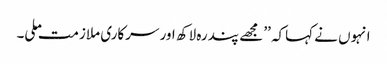
انہوں نے کہاکہ ’’ مجھے پندرہ لاکھ اور سرکاری ملازمت ملی۔